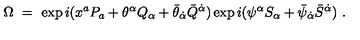
\Omega \ = \ \exp i ( x ^ { a } P _ { a } + \theta ^ { \alpha } Q _ { \alpha } + \bar { \theta } _ { \dot { \alpha } } \bar { Q } ^ { \dot { \alpha } } ) \exp i ( \psi ^ { \alpha } S _ { \alpha } + \bar { \psi } _ { \dot { \alpha } } \bar { S } ^ { \dot { \alpha } } ) \ .